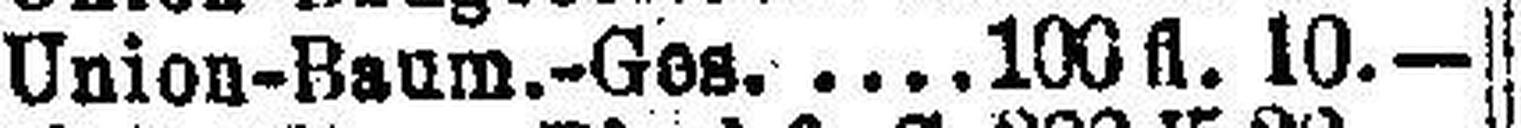
Union-Baum.-Ges. 100 fl. 10.—